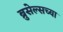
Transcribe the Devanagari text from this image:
ब्रुसेल्सच्या